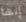
إنها